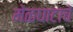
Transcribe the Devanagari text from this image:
मेळघाटाचे